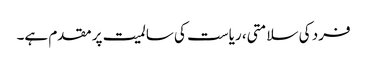
فرد کی سلامتی، ریاست کی سالمیت پر مقدم ہے۔